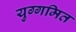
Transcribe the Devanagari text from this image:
युग्गमित